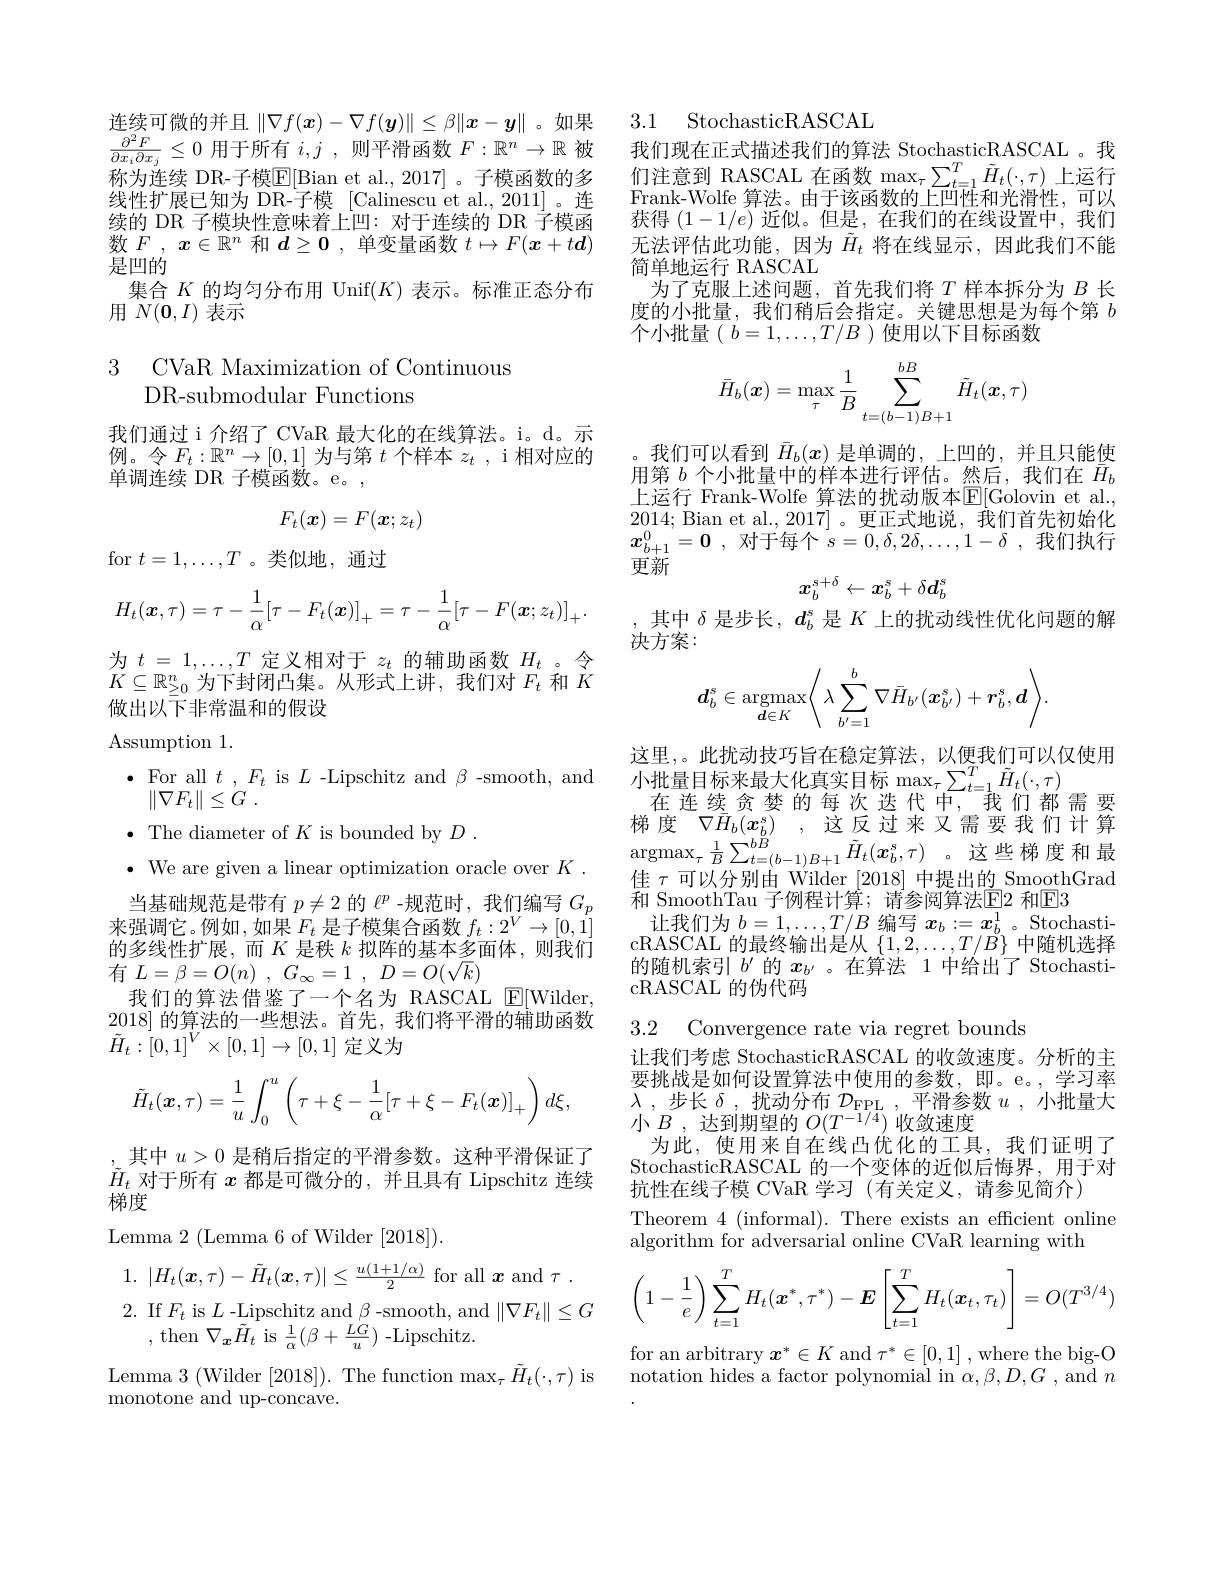
连续可微的并且$\|\nabla f(\boldsymbol{x})-\nabla f(\boldsymbol{y})\|\leq\beta\|\boldsymbol{x}-\boldsymbol{y}\|$。如果$\frac{\partial^{2}F}{\partial x_{i}\partial x_{j}}\leq0$用于所有$i,j$ ,则平滑函数$F:\mathbb{R}^n\to\mathbb{R}$被称为连续 DR-子模$\mathbb{E}[$Bian et al.,2017]。子模函数的多线性扩展已知为 DR-子模 [Calinescu et al.,2011]。连续的 DR 子模块性意味着上凹：对于连续的 DR 子模函数$F,\boldsymbol{x}\in\mathbb{R}^n$和$d\geq0$ ,单变量函数$t\mapsto F(\boldsymbol{x}+t\boldsymbol{d})$ 是四的
集合$K$的均匀分布用 Unif$(K)$表示。标准正态分布
用$N(\mathbf{0},I)$表示

### 3 CVaR Maximization of Continuous DR-submodular Functions

我们通过 i 介绍了 CVaR 最大化的在线算法。i。d。示例。令$F_t:\mathbb{R}^n\to[0,1]$为与第$t$个样本$z_t$, i 相对应的单调连续 DR 子模函数。e。,
$$F_t(\boldsymbol{x})=F(\boldsymbol{x};z_t)$$
for $t=1,\ldots,T$ 。类似地，通过
$$H_t(\boldsymbol{x},\tau)=\tau-\frac{1}{\alpha}[\tau-F_t(\boldsymbol{x})]_+=\tau-\frac{1}{\alpha}[\tau-F(\boldsymbol{x};z_t)]_+.$$
为$t=1,\ldots,T$定义相对于$z_t$的辅助函数$H_t$ 。令

$K\subseteq\mathbb{R}_{\geq0}^n$为下封闭凸集。从形式上讲，我们对$F_t$和$K$

做出以下非常温和的假设

Assumption 1.

$\bullet$ For all $t$ , $F_{t}$ is $L$ -Lipschitz and $\beta$ -smooth, and
$\| \nabla F_{t}\| \leq G$ .
$\bullet$ The diameter of $K$ is bounded by $D.$
$\bullet$ We are given a linear optimization oracle over $K.$ 当基础规范是带有$p\neq2$的$\ell^p$ -规范时，我们编写$G_p$
来强调它。例如，如果$F_t$是子模集合函数$f_t:2^V\to[0,1]$ 的多线性扩展，而$K$是秩$k$拟阵的基本多面体，则我们有$L= \beta = O( n)$ , $G_{\infty }= 1$ , $D= O( \sqrt {k})$
我们的算法借鉴了一个名为 RASCAL $\underline{\mathrm{E}}[$Wilder, 2018]的算法的一些想法。首先，我们将平滑的辅助函数$\tilde{H}_t:[0,1]^V\times[0,1]\to[0,1]$定义为
$$\tilde{H}_t(\boldsymbol{x},\tau)=\dfrac{1}{u}\int_0^u\left(\tau+\xi-\dfrac{1}{\alpha}[\tau+\xi-F_t(\boldsymbol{x})]_+\right)d\xi,$$
$_{\tilde{\text{其中 }}}u>0$是稍后指定的平滑参数。这种平滑保证了$\tilde{H}_t$对于所有$x$都是可微分的，并且具有 Lipschitz 连续梯度
Lemma 2 (Lemma 6 of Wilder [2018]).
1. $| H_t( \boldsymbol{x}, \tau ) - \tilde{H} _t( \boldsymbol{x}, \tau ) | \leq \frac {u( 1+ 1/ \alpha ) }2$ for all $\boldsymbol{x}$ and $\tau.$
$\begin{array}{ll}{2.~\mathrm{If~}F_{t}~\mathrm{is~}L~\mathrm{-Lipschitz~and~}\beta~\mathrm{-smooth,~and~}\|\nabla F_{t}\|\leq G}\\{,~\mathrm{then~}\nabla_{x}\tilde{H}_{t}~\mathrm{is~}\frac{1}{\alpha}(\beta+\frac{LG}{u})~\mathrm{-Lipschitz.}}\end{array}$

Lemma 3 (Wilder [2018]). The function max$_\tau\tilde{H}_t(\cdot,\tau)$ is

monotone and up-concave.

3.1 StochasticRASCAL

我们现在正式描述我们的算法 StochasticRASCAL 。我们注意到 RASCAL 在函数$\max_\tau\sum_{t=1}^T\tilde{H}_t(\cdot,\tau)$上运行Frank-Wolfe 算法。由于该函数的上凹性和光滑性，可以获得$(1-1/\tilde{e})$近似。但是，在我们的在线设置中，我们无法评估此功能，因为$\tilde{H}_t$将在线显示，因此我们不能简单地运行 RASCAL
为了克服上述问题，首先我们将$T$样本拆分为$B$长度的小批量，我们稍后会指定。关键思想是为每个第$b$ 个小批量( $b=1,\ldots,T/B$ )使用以下目标函数
$$\bar{H}_b(\boldsymbol{x})=\max_\tau\frac{1}{B}\sum_{t=(b-1)B+1}^{bB}\tilde{H}_t(\boldsymbol{x},\tau)$$
我们可以看到$\bar{H}_b(x)$是单调的，上凹的，并且只能使用第$b$个小批量中的样本进行评估。然后，我们在$\bar{H}_b$ 上运行 Frank-Wolfe 算法的扰动版本E[Golovin et al., 2014; Bian et al., 2017]。更正式地说，我们首先初始化$x_{b+ 1}^0= 0$ , 对于每个$s= 0, \delta , 2\delta , \ldots , 1- \delta$ ,我们执行更新
$$x_b^{s+\delta}\leftarrow x_b^s+\delta d_b^s$$
,其中$\delta$是步长，$d_b^\mathrm{s}$是$K$上的扰动线性优化问题的解
决方案：
$$\boldsymbol{d}_b^s\in\underset{\boldsymbol{d}\in K}{\mathrm{argmax}}\Bigg\langle\lambda\sum\limits_{b'=1}^b\nabla\bar{H}_{b'}(\boldsymbol{x}_{b'}^s)+\boldsymbol{r}_b^s,\boldsymbol{d}\Bigg\rangle.$$
这里，。此扰动技巧旨在稳定算法，以便我们可以仅使用梯 度 $\nabla H_{b}( \boldsymbol{x}_{b}^{s})$ , 这 反 过 来 又 需 要 我 们 计 算 $\mathrm{argmax}_{\tau }\frac 1B\sum _{t= ( b- 1) B+ 1}\tilde{H} _{t}( \boldsymbol{x}_{b}^{s}, \tau )$ 。这 些 梯 度 和 最 佳 $\tau$可 以 分 别 由 Wilder [2018] 中 提 出 的 SmoothGrad 佳$\tau$可以分别由 Wilder [2018] 中提出的 SmoothGrad 和 SmoothTau 子例程计算；请参阅算法$\underline{\mathrm{E}}\underline{\mathrm{E}}\underline{\mathrm{2}}$ 和E3
让我们为$b=1,\ldots,T/B$编写$x_b:=x_b^1$ 。Stochasti- $\operatorname{cRASCAL}$的最终输出是从$\{1,2,\ldots,T/B\}$中随机选择的随机索引$b^{\prime}$的$x_{b^{\prime}}$ 。在算法 1 中给出了 StochasticRASCAL的伪代码

3.2 Convergence rate via regret bounds
让我们考虑 StochasticRASCAL 的收敛速度。分析的主要挑战是如何设置算法中使用的参数，即。e。,学习率$\lambda$ , 步 长 $\delta$ , 扰动分布 $\mathcal{D} _\mathrm{FPL}$ , 平滑参数 $u$ , 小批量大小$B$,达到期望的$O(T^{-1/4})$收敛速度
为此，使用来自在线凸优化的工具，我们证明了StochasticRASCAL 的一个变体的近似后悔界，用于对抗性在线子模 CVaR 学习 (有关定义，请参见简介)
Theorem $4\allowbreak ( {\mathrm{mod}} $There exists an efficient online)
algorithm for adversarial online CVaR learning with
$$\left(1-\dfrac{1}{e}\right)\sum_{t=1}^TH_t(\boldsymbol{x}^*,\tau^*)-\boldsymbol{E}\left[\sum_{t=1}^TH_t(\boldsymbol{x}_t,\tau_t)\right]=O(T^{3/4})$$
for an arbitrary $x^*\in K$ and $\tau^*\in[0,1]$ , where the big-O notation hides a factor polynomial in $\alpha,\beta,D,G$ , and $n$